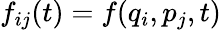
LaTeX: f_{ij}(t)=f(q_{i},p_{j},t)